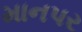
માનપર